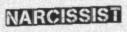
NARCISSIST